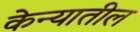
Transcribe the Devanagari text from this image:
केन्यातील